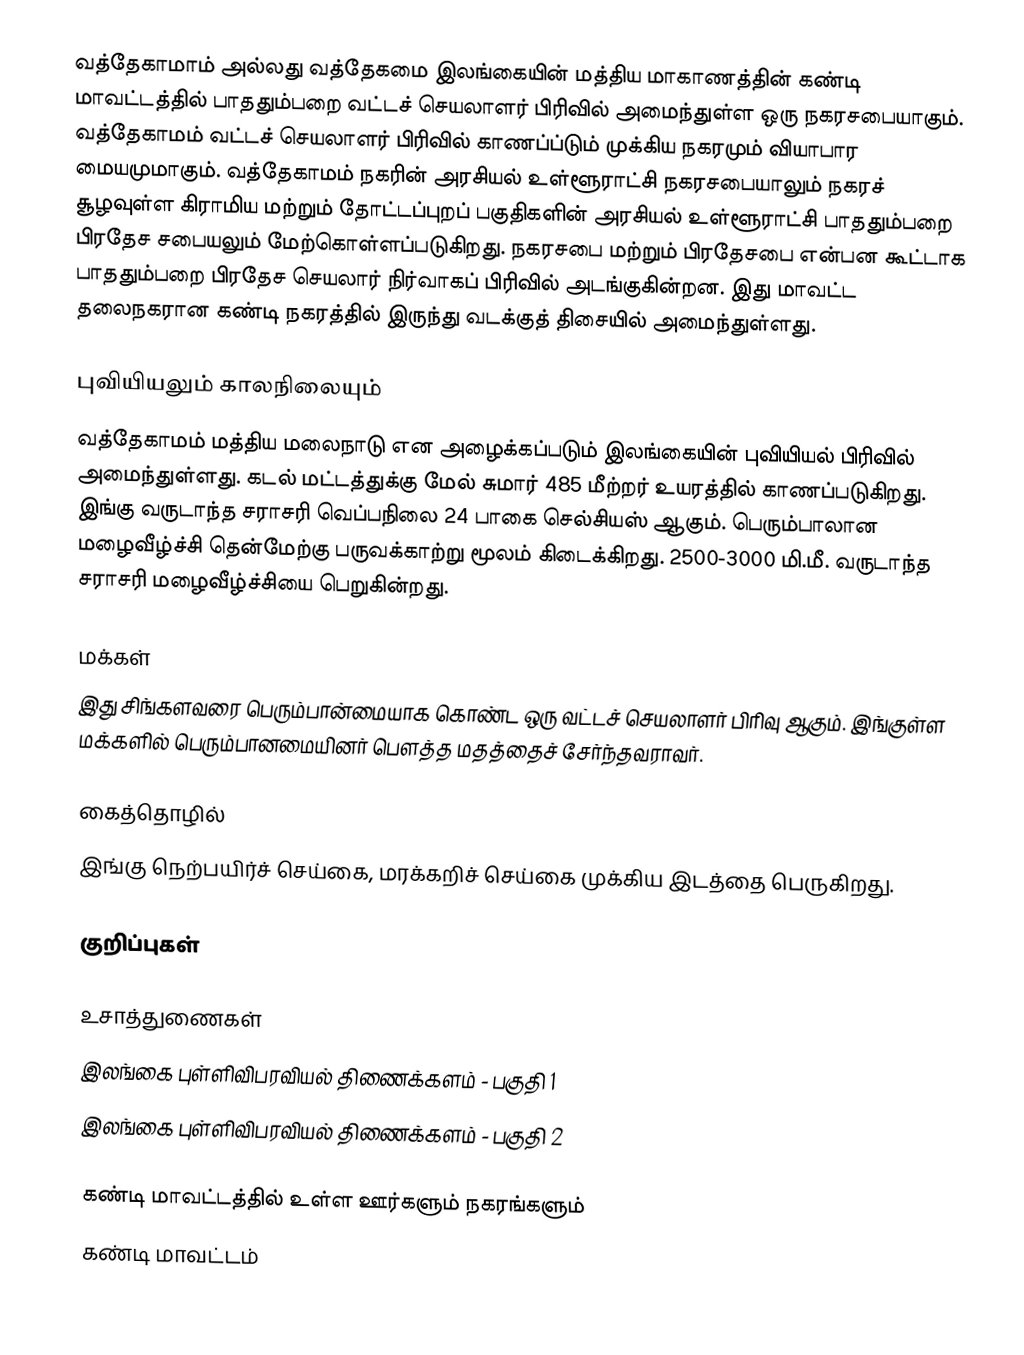
வத்தேகாமாம் அல்லது வத்தேகமை இலங்கையின் மத்திய மாகாணத்தின் கண்டி மாவட்டத்தில் பாததும்பறை வட்டச் செயலாளர் பிரிவில்  அமைந்துள்ள ஒரு நகரசபையாகும். வத்தேகாமம் வட்டச் செயலாளர் பிரிவில் காணப்ப்டும் முக்கிய நகரமும் வியாபார மையமுமாகும். வத்தேகாமம் நகரின் அரசியல் உள்ளூராட்சி நகரசபையாலும்  நகரச் சூழவுள்ள கிராமிய மற்றும் தோட்டப்புறப் பகுதிகளின் அரசியல் உள்ளூராட்சி பாததும்பறை பிரதேச சபையலும் மேற்கொள்ளப்படுகிறது.  நகரசபை மற்றும் பிரதேசபை என்பன கூட்டாக பாததும்பறை பிரதேச செயலார் நிர்வாகப் பிரிவில் அடங்குகின்றன. இது மாவட்ட தலைநகரான கண்டி நகரத்தில் இருந்து  வடக்குத் திசையில்  அமைந்துள்ளது.

புவியியலும் காலநிலையும்
வத்தேகாமம்  மத்திய மலைநாடு என அழைக்கப்படும்  இலங்கையின் புவியியல் பிரிவில் அமைந்துள்ளது. கடல் மட்டத்துக்கு மேல் சுமார் 485  மீற்றர்  உயரத்தில் காணப்படுகிறது. இங்கு வருடாந்த சராசரி வெப்பநிலை 24 பாகை செல்சியஸ் ஆகும். பெரும்பாலான மழைவீழ்ச்சி தென்மேற்கு பருவக்காற்று மூலம் கிடைக்கிறது. 2500-3000 மி.மீ. வருடாந்த சராசரி மழைவீழ்ச்சியை பெறுகின்றது.

மக்கள்
இது சிங்களவரை பெரும்பான்மையாக கொண்ட ஒரு வட்டச் செயலாளர் பிரிவு ஆகும். இங்குள்ள மக்களில் பெரும்பானமையினர் பௌத்த மதத்தைச் சேர்ந்தவராவர்.

கைத்தொழில்
இங்கு நெற்பயிர்ச் செய்கை, மரக்கறிச் செய்கை முக்கிய இடத்தை பெருகிறது.

குறிப்புகள்

உசாத்துணைகள்
 இலங்கை புள்ளிவிபரவியல் திணைக்களம் - பகுதி 1
 இலங்கை புள்ளிவிபரவியல் திணைக்களம் - பகுதி 2

கண்டி மாவட்டத்தில் உள்ள ஊர்களும் நகரங்களும்
கண்டி மாவட்டம்